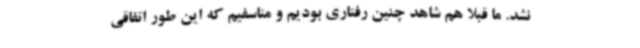
نشد. ما قبلا هم شاهد چنین رفتاری بودیم و متاسفیم که این طور اتفاقی